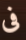
فى